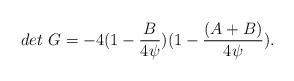
LaTeX: \begin{align*}det \ G =-4(1-{B \over 4\psi}) (1 - {(A+B) \over4\psi}) .\end{align*}